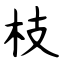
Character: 枝